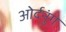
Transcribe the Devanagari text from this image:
ओर्दनुंग